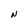
Character: N